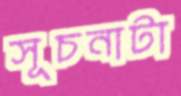
সূচনাটা